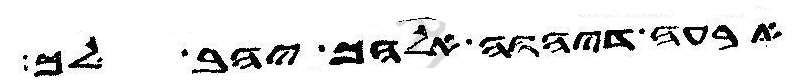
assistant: ארעה דיהוה אלהך יהב לך